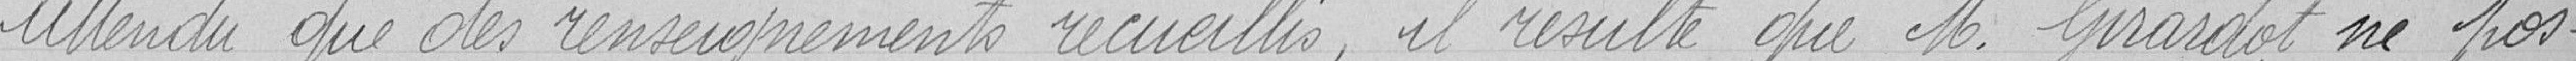
Attendu que des renseignements recueillis, il résulte que M. Girardot ne pos